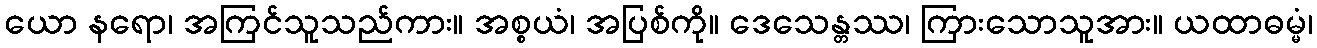
ယော နရော၊ အကြင်သူသည်ကား။ အစ္စယံ၊ အပြစ်ကို။ ဒေသေန္တဿ၊ ကြားသောသူအား။ ယထာဓမ္မံ၊